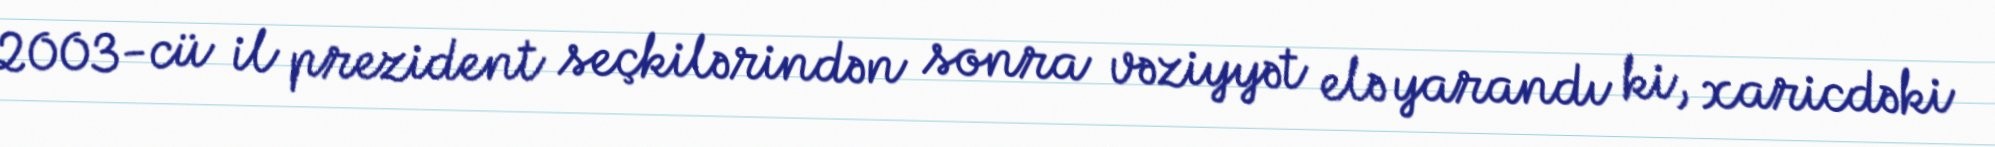
2003-cü il prezident seçkilərindən sonra vəziyyət elə yarandı ki, xaricdəki